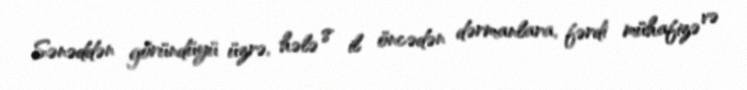
Sənəddən göründüyü üzrə, hələ 8 il öncədən dərmanlara, fərdi mühafizə və